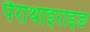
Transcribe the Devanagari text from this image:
पैराथाइराइङ